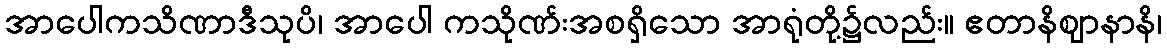
အာပေါကသိဏာဒီသုပိ၊ အာပေါ ကသိုဏ်းအစရှိသော အာရုံတို့၌လည်း။ ဧတာနိဈာနာနိ၊